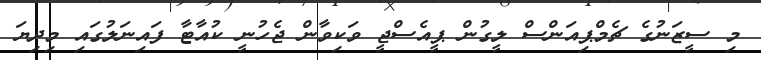
މި ސީޒަނުގެ ޗެމްޕިއަންސް ލީގުން ޕީއެސްޖީ ވަކިވާން ޖެހުނީ ކުއާޓާ ފައިނަލުގައި މިދިޔަ